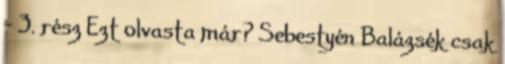
- 3. rész Ezt olvasta már? Sebestyén Balázsék csak